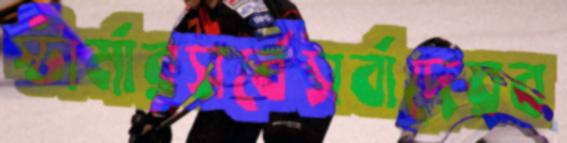
স্টার্মারসর্বেসর্বাদেরব